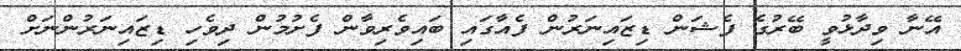
އޭނާ ވިދާޅުވީ ބޭރުގެ ފެޝަން ޑިޒައިނަރުން ފެއާގައި ބައިވެރިވާން ފެށުމުން ދިވެހި ޑިޒައިނަރުންނަށް